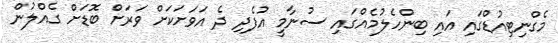
މެގްނިޓިއުޑްގައި އައި ބިންހެލުމެއްގައި ސުނާމީ އުފެދި ދެ އަވަށަކަށް ވަރަށް ބޮޑަށް ގެއްލުން